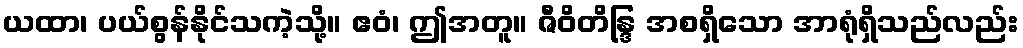
ယထာ၊ ပယ်စွန်နိုင်သကဲ့သို့။ ဧဝံ၊ ဤအတူ။ ဇီဝိတိန္ဒြ အစရှိသော အာရုံရှိသည်လည်း